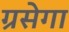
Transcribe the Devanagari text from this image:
ग्रसेगा